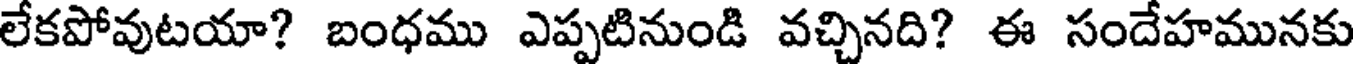
లేకపోవుటయా? బంధము ఎప్పటినుండి వచ్చినది? ఈ సందేహమునకు